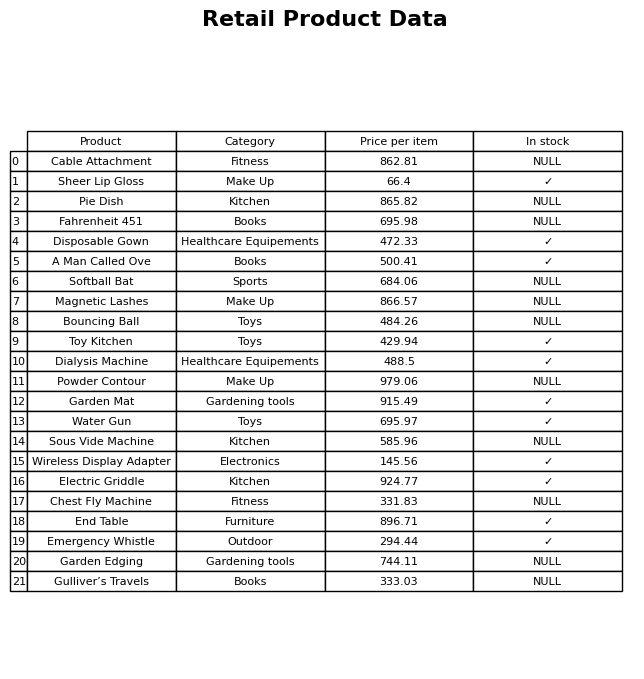
question: What is the price of the Dialysis Machine?
answer: The price of Dialysis Machine is 488.5.